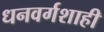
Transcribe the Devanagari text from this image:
धनवर्गशाही